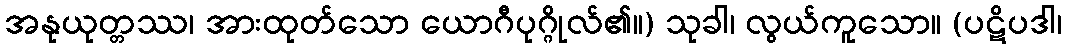
အနုယုတ္တဿ၊ အားထုတ်သော ယောဂီပုဂ္ဂိုလ်၏။) သုခါ၊ လွယ်ကူသော။ (ပဋိပဒါ၊